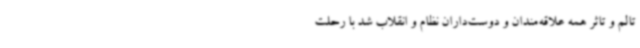
تالم و تاثر همه علاقه‌مندان و دوست‌داران نظام و انقلاب شد با رحلت